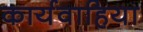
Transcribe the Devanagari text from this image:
कार्यवाहिया